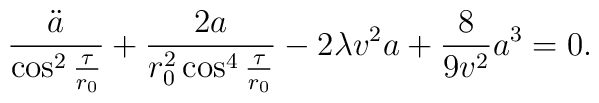
\frac{\ddot{a}}{\cos^{2}{\frac{\tau}{r_{0}}}} + \frac{2a}{r_{0}^{2}\cos^{4}{\frac{\tau}{r_{0}}}} - 2\lambda v^{2}a +\frac{8}{9v^{2}}a^{3} =0.